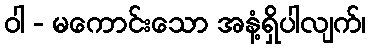
ဝါ - မကောင်းသော အနံ့ရှိပါလျက်၊